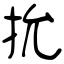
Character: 抁